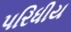
પરિધીય